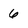
Character: 6